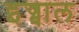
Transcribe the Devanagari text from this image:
इज्बाल